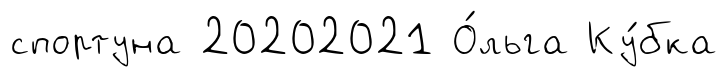
спортуна 20202021 О́льга Ку́бка